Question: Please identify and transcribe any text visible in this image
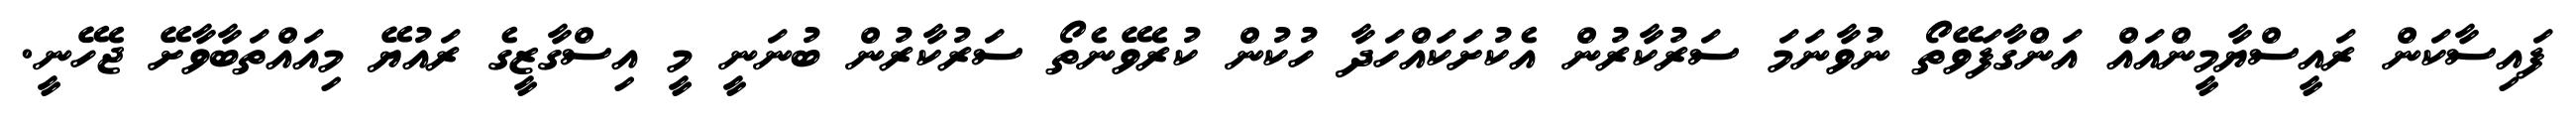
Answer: ފައިސާކަން ރައީސްޔާމީންއައް އަންގާފަވޭތޯ ނުވާނަމަ ސަރުކާރުން އެކުށަކައްހަދާ ހުކުން ކުރެވޭނެތޯ ސަރުކާރުން ބުނަނީ މީ އިސްގާޒީގެ ރައުޔޭ މިއައްތަބާވާށޭ ޖެހޭނީ.